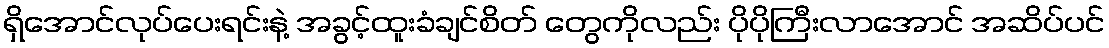
ရှိအောင်လုပ်ပေးရင်းနဲ့ အခွင့်ထူးခံချင်စိတ် တွေကိုလည်း ပိုပိုကြီးလာအောင် အဆိပ်ပင်